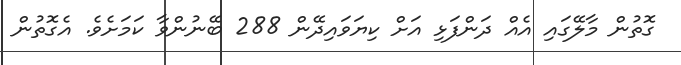
ގޮތުން މާލޭގައި އެއް ދަންފަޅި އަށް ކިޔަވައިދޭން 288 ބޭނުންވާ ކަމަށެވެ. އެގޮތުން